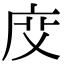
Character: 𢈒